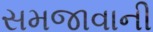
સમજાવાની